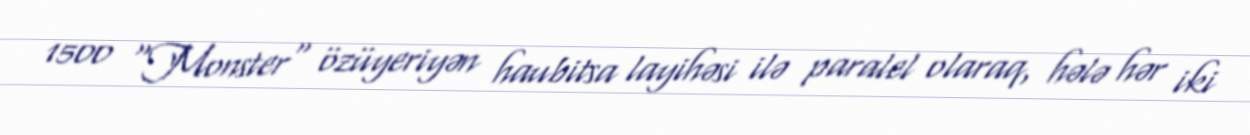
1500 "Monster" özüyeriyən haubitsa layihəsi ilə paralel olaraq, hələ hər iki